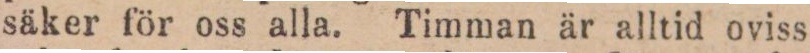
säker för oss alla. Timman är alltid oviss